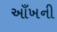
આઁખની